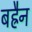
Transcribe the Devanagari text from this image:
बह्रैन